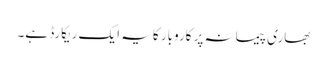
بھاری پیمانہ پر کاروبار کا یہ ایک ریکارڈ ہے۔